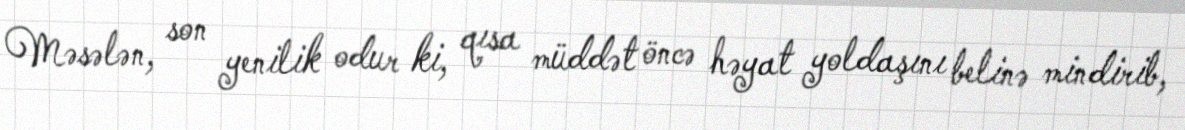
Məsələn, son yenilik odur ki, qısa müddət öncə həyat yoldaşını belinə mindirib,